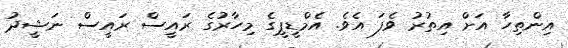
އިންތިހާ އަށް އިތުރު ވެފަ އެވެ. އެމްޑީޕީގެ މިހާރުގެ ރައީސް ރައީސް ނަޝީދު